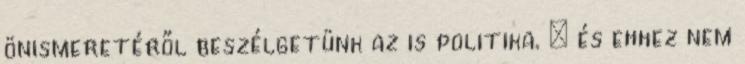
önismeretéről beszélgetünk az is politika. – és ehhez nem